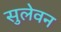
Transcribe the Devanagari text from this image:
सुलेवन